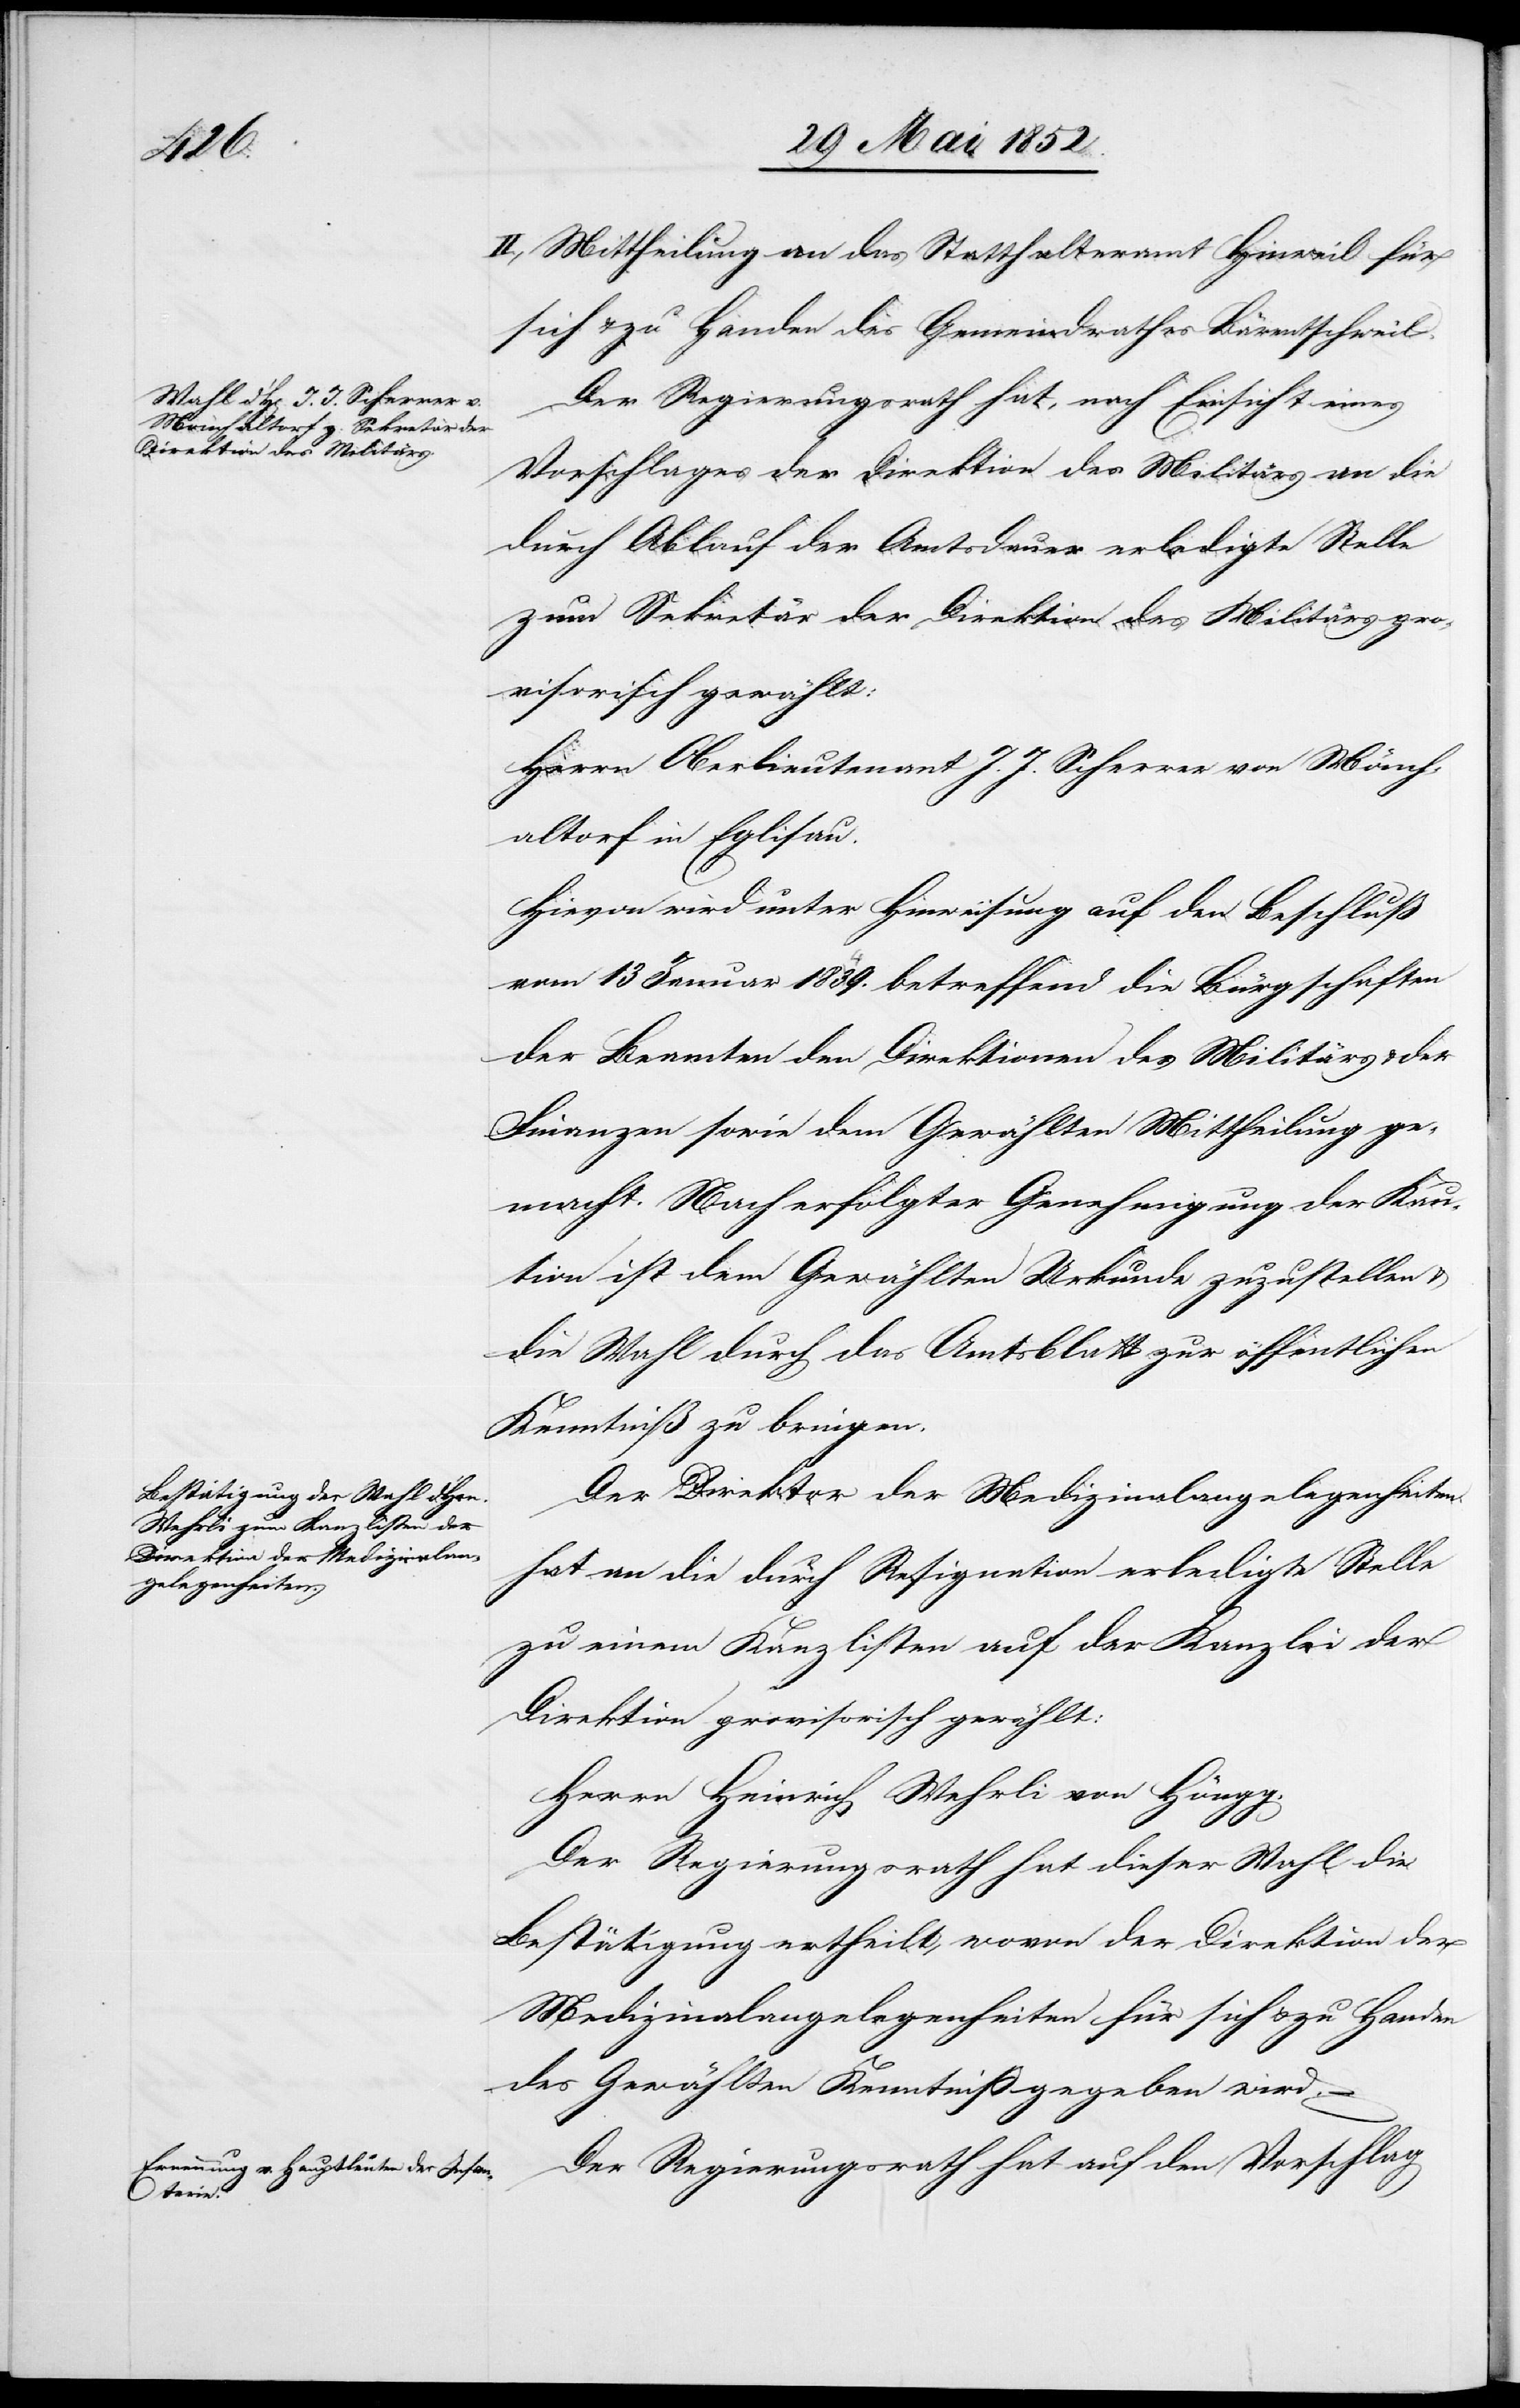
II., Mittheilung an das Statthalteramt Hinweil für
sich & zu Handen des Gemeindrathes Bärentschweil.
Der Regierungsrath hat, nach Einsicht eines
Vorschlages der Direktion des Militärs an die
durch Ablauf der Amtsdauer erledigte Stelle
zum Sekretär der Direktion des Militärs pro¬
visorisch gewählt:
Herrn Oberlieutenant J. J. Scherrer von Mönch¬
altorf in Eglisau.
Hievon wird unter Hinweisung auf den Beschluß
vom 13 Januar 18349. betreffend die Bürgschaften
der Beamten den Direktionen des Militärs & der
Finanzen sowie dem Gewählten Mittheilung ge¬
macht. Nach erfolgter Genehmigung der Kau¬
tion ist dem Gewählten Urkunde zuzustellen &
die Wahl durch das Amtsblatt zur öffentlichen
Kenntniß zu bringen.
Der Direktor der Medizinalangelegenheiten
hat an die durch Resignation erledigte Stelle
zu einem Kanzlisten auf der Kanzlei der
Direktion provisorisch gewählt:
Herrn Heinrich Wehrli von Höngg.
Der Regierungsrath hat dieser Wahl die
Bestätigung ertheilt, wovon der Direktion der
Medizinalangelegenheiten für sich & zu Handen
des Gewählten Kenntniß gegeben wird.
Der Regierungsrath hat auf den Vorschlag